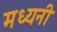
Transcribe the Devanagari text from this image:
मध्यनी